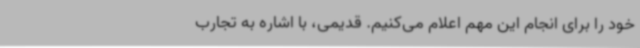
خود را برای انجام این مهم اعلام می‌کنیم. قدیمی، با اشاره به تجارب